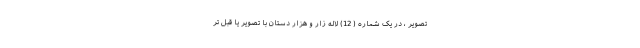
تصویر ، در یک شماره ( 12) لاله زار و هزار دستان با تصویر یا قبل تر